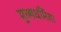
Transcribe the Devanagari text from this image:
मूल्यधर्मिता